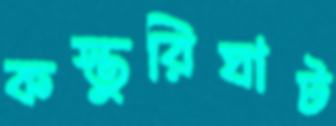
কস্তুরিঘাট